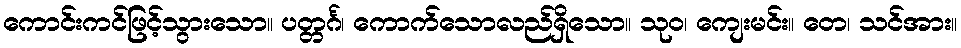
ကောင်းကင်ဖြင့်သွားသော။ ပတ္တင်္ဂ၊ ကောက်သောလည်ရှိသော။ သုဝ၊ ကျေးမင်း။ တေ၊ သင်အား။